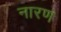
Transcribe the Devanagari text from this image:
नारण